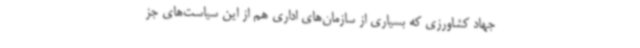
جهاد کشاورزی که بسیاری از سازمان‌های اداری هم از این سیاست‌های جز